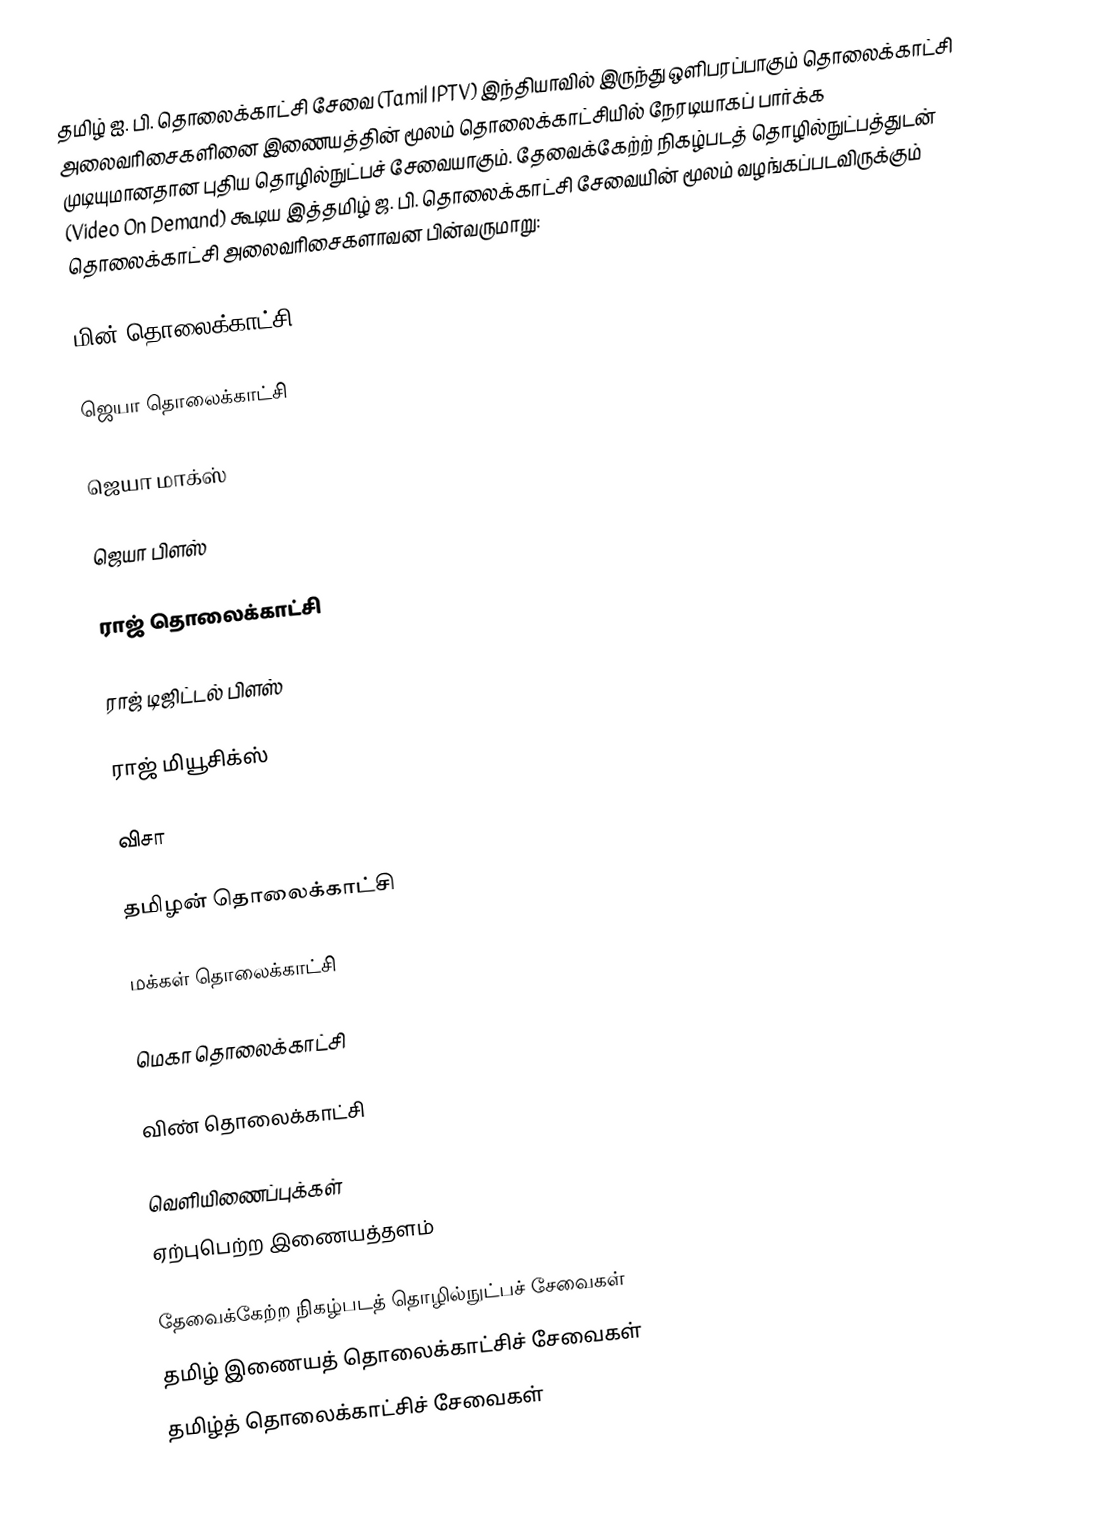
தமிழ் ஐ. பி. தொலைக்காட்சி சேவை (Tamil IPTV) இந்தியாவில் இருந்து ஒளிபரப்பாகும் தொலைக்காட்சி அலைவரிசைகளினை இணையத்தின் மூலம் தொலைக்காட்சியில் நேரடியாகப் பார்க்க முடியுமானதான புதிய தொழில்நுட்பச் சேவையாகும். தேவைக்கேற்ற் நிகழ்படத் தொழில்நுட்பத்துடன் (Video On Demand) கூடிய இத்தமிழ் ஜ. பி. தொலைக்காட்சி சேவையின் மூலம் வழங்கப்படவிருக்கும் தொலைக்காட்சி அலைவரிசைகளாவன பின்வருமாறு:

 மின் தொலைக்காட்சி          www.mintv.in

 ஜெயா தொலைக்காட்சி

 ஜெயா மாக்ஸ்

 ஜெயா பிளஸ்

 ராஜ் தொலைக்காட்சி

 ராஜ் டிஜிட்டல் பிளஸ்

 ராஜ் மியூசிக்ஸ்

 விசா

 தமிழன் தொலைக்காட்சி

 மக்கள் தொலைக்காட்சி

 மெகா தொலைக்காட்சி

 விண் தொலைக்காட்சி

வெளியிணைப்புக்கள்
 ஏற்புபெற்ற இணையத்தளம்

தேவைக்கேற்ற நிகழ்படத் தொழில்நுட்பச் சேவைகள்
தமிழ் இணையத் தொலைக்காட்சிச் சேவைகள்
தமிழ்த் தொலைக்காட்சிச் சேவைகள்